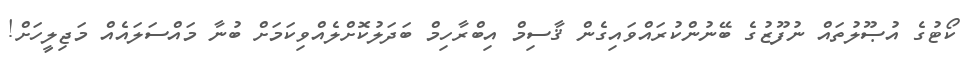
ކޯޓުގެ އުޞޫލުތައް ނުފޫޒުގެ ބޭނުންކުރައްވައިގެން ޤާސިމް އިބްރާހިމް ބަދަލުކޮށްލެއްވިކަމަށް ބުނާ މައްސަލައެއް މަޖިލީހަށް!